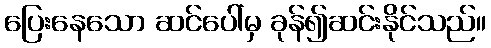
ပြေးနေသော ဆင်ပေါ်မှ ခုန်၍ဆင်းနိုင်သည်။